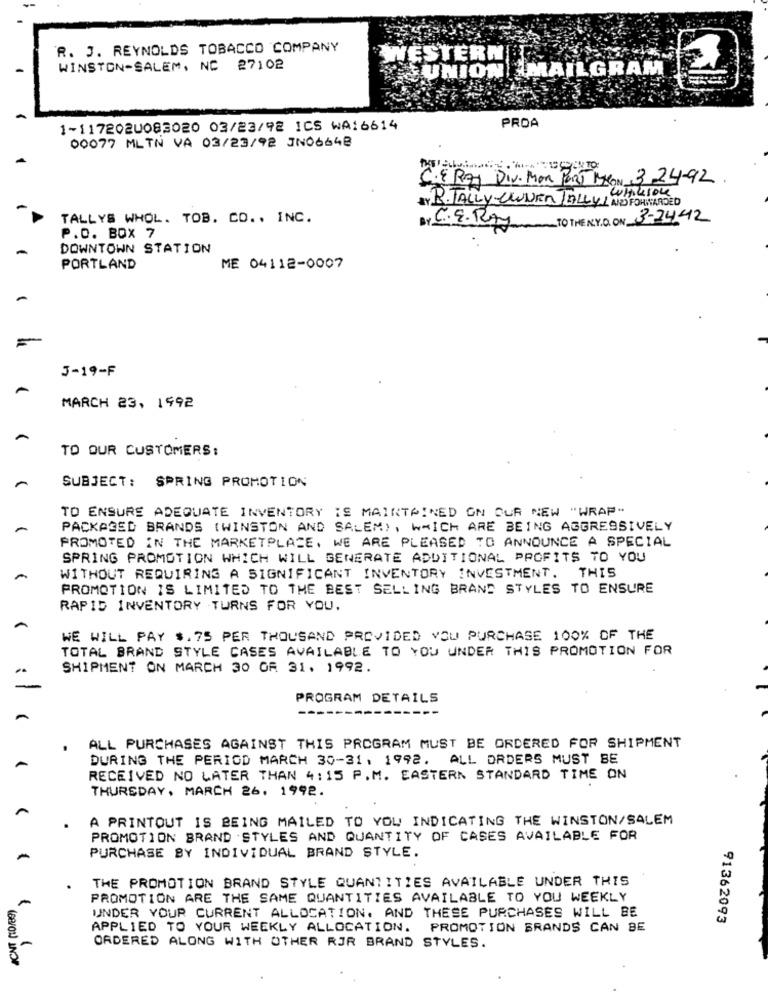
R. J. REYNOLDS TOBACCO COMPANY
WESTERN
WINSTON-SALEM, NC 27102
UNION MAILGRAM
1-1172020083020 03/23/92 ICS WA16614
PROA
00077 MLTN VA 03/23/92 JN06648
C.ERAY DIV. MOR PORT BRON 3 24-92.
Cutiesone
Y RTALLY-CWURA JELLY1 AND FORWARDED
TALLYS WHOL. TOB. CO .. INC.
BY C. E.Rty TO THE N.Y.O. ON 3-2442
P.O. BOX 7
DOWNTOWN STATION
PORTLAND
ME 04112-0007
3-19-F
MARCH 23, 1992
TO OUR CUSTOMERS:
SUBJECT:
SPRING PROMOTION
TO ENSURE ADEQUATE INVENTORY IS MAINTAINED ON OUR NEW "WRAP"
PACKAGED BRANDS (WINSTON AND SALEM) , WHICH ARE BEING AGGRESSIVELY
PROMOTED IN THE MARKETPLACE, WE ARE PLEASED TO ANNOUNCE A SPECIAL
SPRING PROMOTION WHICH WILL GENERATE ADDITIONAL PROFITS TO YOU
WITHOUT REQUIRING A SIGNIFICANT INVENTORY INVESTMENT. THIS
PROMOTION IS LIMITED TO THE BEST SELLING BRAND STYLES TO ENSURE
RAPID INVENTORY TURNS FOR YOU.
WE WILL PAY $.75 PER THOUSAND PROVIDED YOU PURCHASE 100% OF THE
TOTAL BRAND STYLE CASES AVAILABLE TO YOU UNDER THIS PROMOTION FOR
SHIPMENT ON MARCH 30 OR 31. 1992.
PROGRAM DETAILS
---------
ALL PURCHASES AGAINST THIS PROGRAM MUST BE ORDERED FOR SHIPMENT
DURING THE PERIOD MARCH 30-31, 1992. ALL ORDERS MUST BE
RECEIVED NO LATER THAN 4:15 P.M. EASTERN STANDARD TIME ON
THURSDAY, MARCH 26, 1992.
A PRINTOUT IS BEING MAILED TO YOU INDICATING THE WINSTON/SALEM
PROMOTION BRAND STYLES AND QUANTITY OF CASES AVAILABLE FOR
PURCHASE BY INDIVIDUAL BRAND STYLE.
THE PROMOTION BRAND STYLE QUANTITIES AVAILABLE UNDER THIS
PROMOTION ARE THE SAME QUANTITIES AVAILABLE TO YOU WEEKLY
UNDER YOUR CURRENT ALLOCATION. AND THESE PURCHASES WILL BE
91362093
APPLIED TO YOUR WEEKLY ALLOCATION.
PROMOTION BRANDS CAN BE
-
ORDERED ALONG WITH OTHER RJR BRAND STYLES.